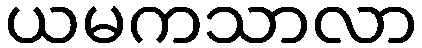
ယမကသာလာ